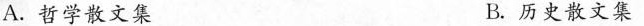
A.哲学散文集 B.历史散文集